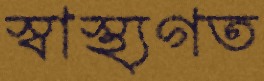
স্বাস্থ্যগত